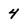
Character: 4